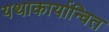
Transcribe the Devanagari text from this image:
यथाकार्यान्वित